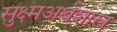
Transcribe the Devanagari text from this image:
सुक्ष्मअर्थशास्त्र